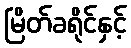
မြိတ်ခရိုင်နှင့်